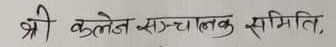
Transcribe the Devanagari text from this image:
श्री कलेज सञ्चालक समिति,